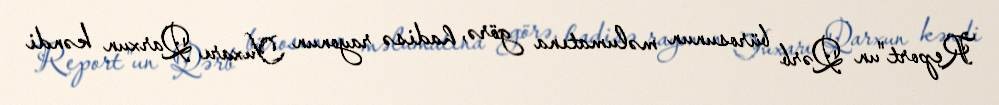
Report"un Qərb bürosunun məlumatına görə, hadisə rayonun Yuxarı Qarxun kəndi